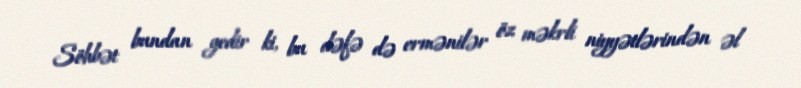
Söhbət bundan gedir ki, bu dəfə də ermənilər öz məkrli niyyətlərindən əl